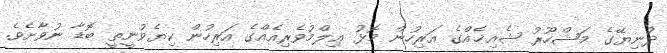
ދުނިޔޭގެ މަޝްހޫރު ޝެއިޚެއްގެ އަރިހުން މޮޅު ޢިލްމުވެރިއެއްގެ އަރިހުން ކިޔެވުނީތީ ބޮޑާ ނުވާށެވެ.